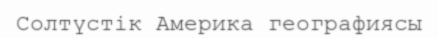
Солтүстік Америка географиясы